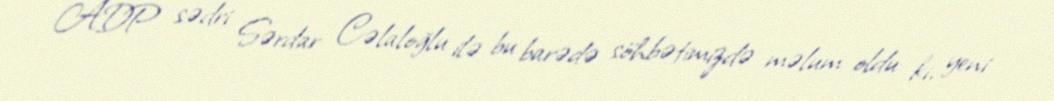
ADP sədri Sərdar Cəlaloğlu ilə bu barədə söhbətimizdə məlum oldu ki, yeni